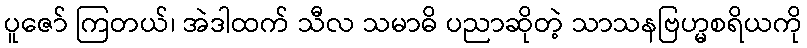
ပူဇော် ကြတယ်၊ အဲဒါထက် သီလ သမာဓိ ပညာဆိုတဲ့ သာသနဗြဟ္မစရိယကို